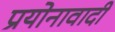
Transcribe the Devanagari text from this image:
प्रयोनावादी